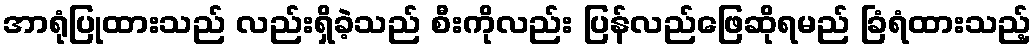
အာရုံပြုထားသည် လည်းရှိခဲ့သည် စီးကိုလည်း ပြန်လည်ဖြေဆိုရမည် ခြံရံထားသည့်